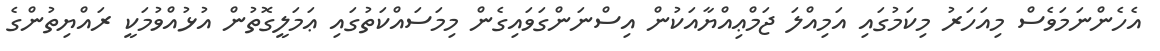
އެހެންނަމަވެސް މިއަހަރު މިކަމުގައި އަމިއްލަ ޖަމްޢިއްޔާއަކުން އިސްނަންގަވައިގެން މިމަސައްކަތުގައި ޢަމަލީގޮތުން އުޅުއްވުމަކީ ރައްޔިތުންގެ